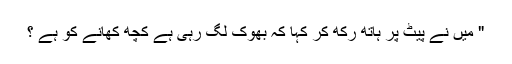
" میں نے پیٹ پر ہاتھ رکھ کر کہا کہ بھوک لگ رہی ہے کچھ کھانے کو ہے ؟